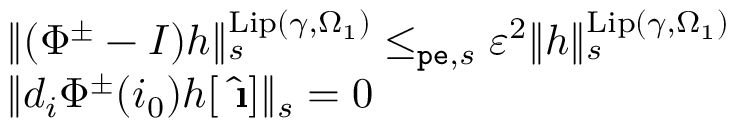
\begin{array} { r l } & { \rVert ( \Phi ^ { \pm } - I ) h \rVert _ { s } ^ { \mathrm { L i p } ( \gamma , \Omega _ { 1 } ) } \le _ { \mathtt { p e } , s } \varepsilon ^ { 2 } \rVert h \rVert _ { s } ^ { \mathrm { L i p } ( \gamma , \Omega _ { 1 } ) } } \\ & { \rVert d _ { i } \Phi ^ { \pm } ( i _ { 0 } ) h [ \hat { \textbf { \i } } ] \rVert _ { s } = 0 } \end{array}